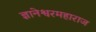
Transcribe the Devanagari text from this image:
ज्ञानेश्वरमहाराज